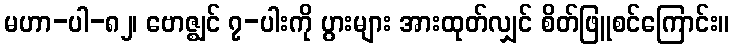
မဟာ-ပါ-၈၂၊ ဗောဇ္ဈင် ၇-ပါးကို ပွားများ အားထုတ်လျှင် စိတ်ဖြူစင်ကြောင်း။